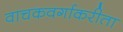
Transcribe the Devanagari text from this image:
वाचकवर्गाकरीता